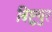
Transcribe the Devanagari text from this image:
बिष्टुपुर